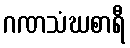
ဂဏသံဃစာရီ